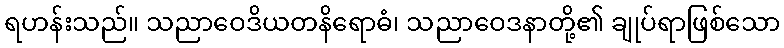
ရဟန်းသည်။ သညာဝေဒိယတနိရောဓံ၊ သညာဝေဒနာတို့၏ ချုပ်ရာဖြစ်သော